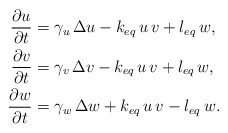
\begin{align*} \frac{\partial u}{\partial t}&= \gamma_u\, \Delta u - k_{eq}\,u\,v + l_{eq}\,w, \\ \frac{\partial v}{\partial t}&= \gamma_v\, \Delta v - k_{eq}\,u\,v + l_{eq}\,w, \\ \frac{\partial w}{\partial t}&= \gamma_w\, \Delta w + k_{eq}\,u\,v - l_{eq}\,w.\end{align*}